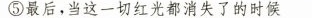
⑤最后，当这一切红光都消失了的时候